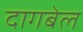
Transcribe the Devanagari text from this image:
दागबेल